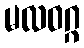
မလဝဂ္ဂ